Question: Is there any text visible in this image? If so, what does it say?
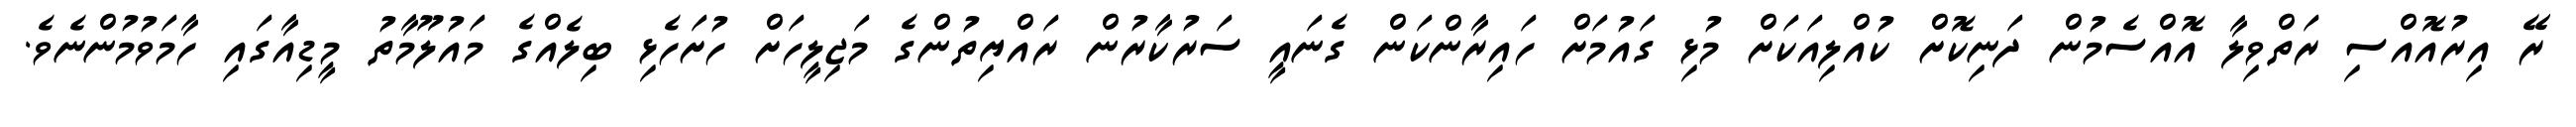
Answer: ރޭ އިރުއޮއްސި ރަތްވިލާ އޮއްސެމުން ދަނިކޮށް ކުއްލިއަކަށް މުޅި ގައުމަށް ހައިރާންކަން ގެނައީ ސަރުކާރުން ރައްޔިތުންގެ މަޖިލީހަށް ހުށަހެޅި ބިލެއްގެ މައުލޫމާތު މީޑިއާގައި ހާމަވުމުންނެވެ.